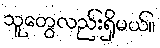
သူတွေလည်းရှိမယ်။